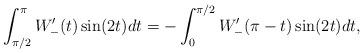
LaTeX: \begin{align*}\int_{\pi/2}^\pi W_{-}'(t) \sin(2t)dt=-\int_{0}^{\pi/2} W_{-}'(\pi-t) \sin(2t)dt,\end{align*}